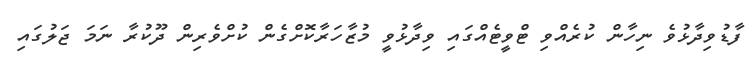
ފާޑުވިދާޅުވެ ނިހާން ކުރެއްވި ޓްވީޓެއްގައި ވިދާޅުވީ މުޒާހަރާކޮށްގެން ކުށްވެރިން ދޫކުރާ ނަމަ ޖަލުގައި